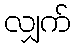
လျှက်